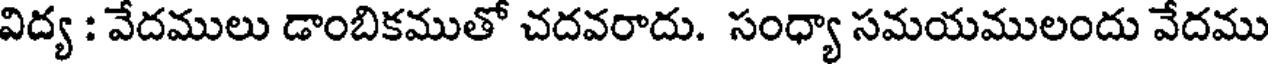
విద్య : వేదములు డాంబికముతో చదవరాదు. సంధ్యా సమయములందు వేదము